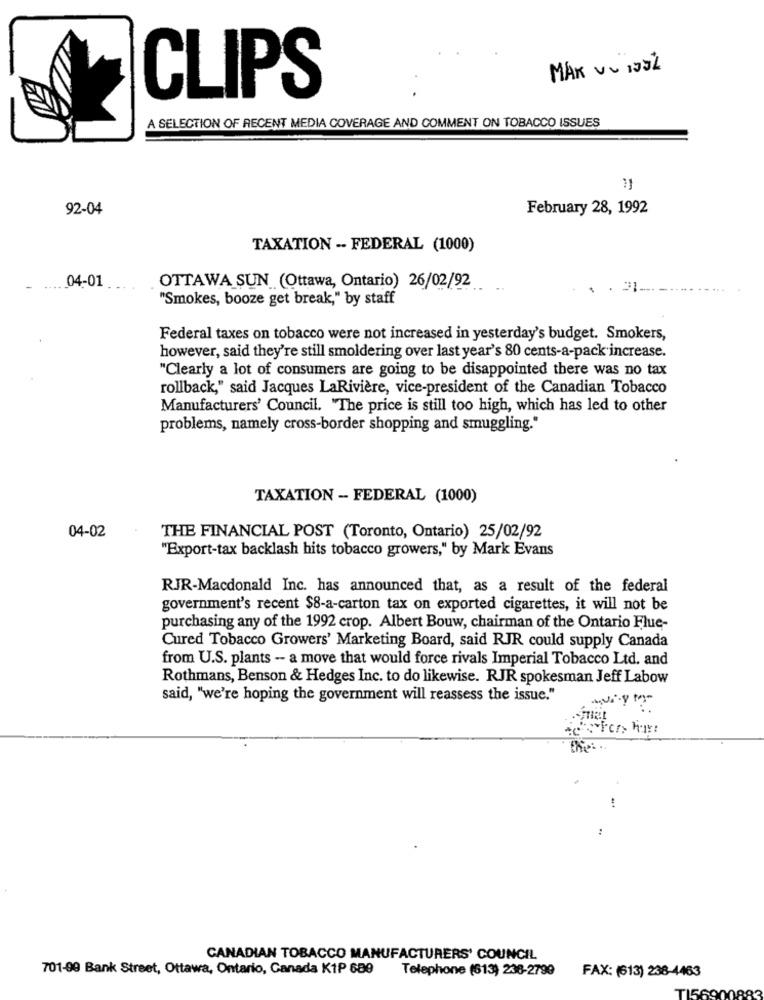
MAK VU 123%
CLIPS
A SELECTION OF RECENT MEDIA COVERAGE AND COMMENT ON TOBACCO ISSUES
11
92-04
February 28, 1992
TAXATION -- FEDERAL (1000)
04-01
OTTAWA SUN (Ottawa, Ontario) 26/02/92
21
"Smokes, booze get break," by staff
Federal taxes on tobacco were not increased in yesterday's budget. Smokers,
however, said they're still smoldering over last year's 80 cents-a-pack increase.
"Clearly a lot of consumers are going to be disappointed there was no tax
rollback," said Jacques LaRivière, vice-president of the Canadian Tobacco
Manufacturers' Council. The price is still too high, which has led to other
problems, namely cross-border shopping and smuggling."
TAXATION - FEDERAL (1000)
04-02
THE FINANCIAL POST (Toronto, Ontario) 25/02/92
"Export-tax backlash hits tobacco growers," by Mark Evans
RJR-Macdonald Inc. has announced that, as a result of the federal
government's recent $8-a-carton tax on exported cigarettes, it will not be
purchasing any of the 1992 crop. Albert Bouw, chairman of the Ontario Flue-
Cured Tobacco Growers' Marketing Board, said RJR could supply Canada
from U.S. plants - a move that would force rivals Imperial Tobacco Ltd. and
Rothmans, Benson & Hedges Inc. to do likewise. RJR spokesman Jeff Labow
said, "we're hoping the government will reassess the issue."
:
CANADIAN TOBACCO MANUFACTURERS' COUNCIL
701-99 Bank Street, Ottawa, Ontario, Canada K1P 689
Telephone (613) 238-2799
FAX: (613) 238-4463
382
TI569008